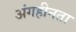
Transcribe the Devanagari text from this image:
अंगहीनता